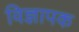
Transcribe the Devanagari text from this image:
विज्ञापक